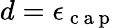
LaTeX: d=\epsilon_{\mathrm{~c~a~p~}}